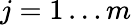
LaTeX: j=1\ldots m